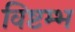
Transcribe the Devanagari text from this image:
विष्टम्भ